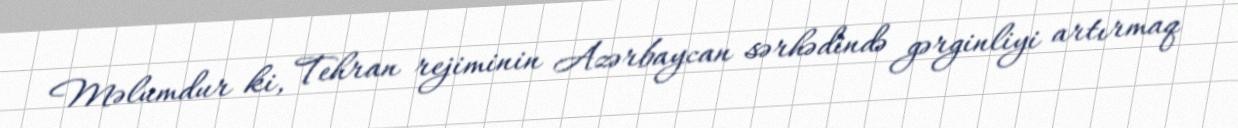
Məlumdur ki, Tehran rejiminin Azərbaycan sərhədində gərginliyi artırmaq